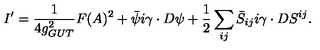
I ^ { \prime } = { \frac { 1 } { 4 g _ { G U T } ^ { 2 } } } F ( A ) ^ { 2 } + \bar { \psi } i \gamma \cdot D \psi + { \frac { 1 } { 2 } } \sum _ { i j } \bar { S } _ { i j } i \gamma \cdot D S ^ { i j } .